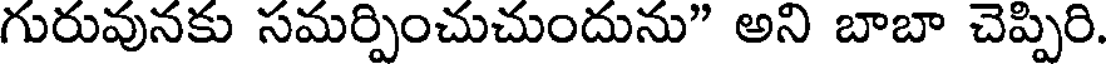
గురువునకు సమర్పించుచుందును" అని బాబా చెప్పిరి.